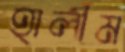
হালীম